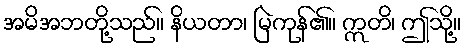
အမိအဘတို့သည်။ နိယတာ၊ မြဲကုန်၏။ ဣတိ၊ ဤသို့။